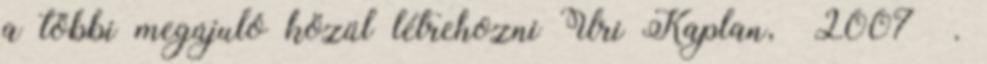
a többi megújuló közül létrehozni Uri Kaplan, 2007 .